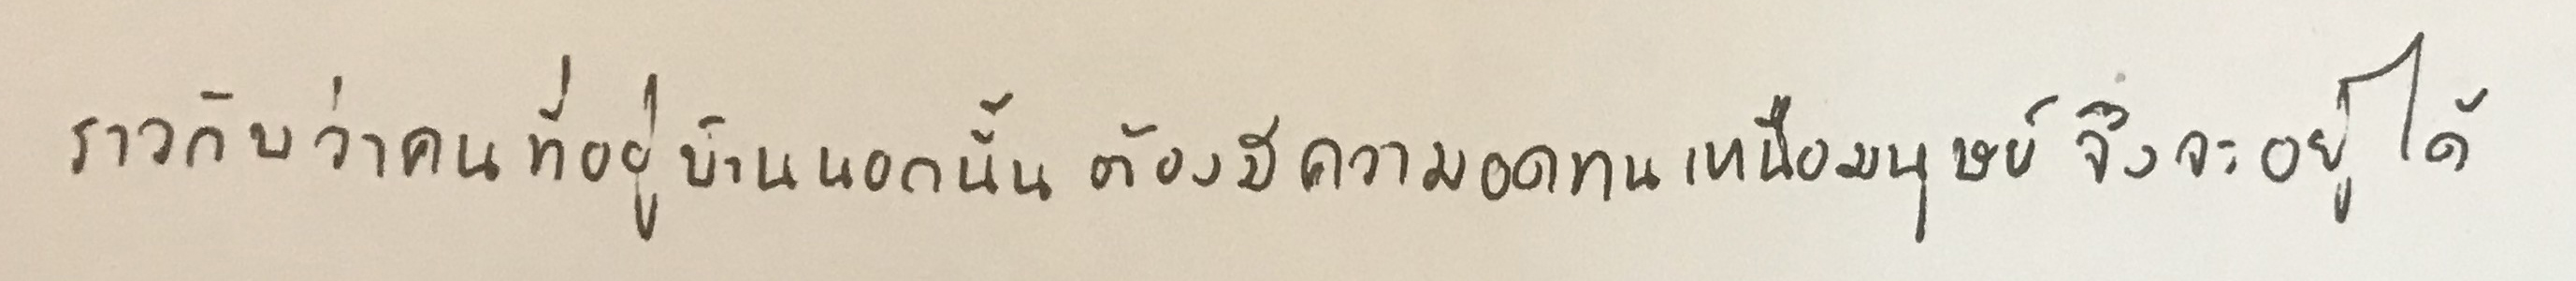
ราวกับว่าคนที่อยู่บ้านนอกนั้นต้องมีความอดทนเหนือมนุษย์จึงจะอยู่ได้